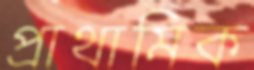
প্রাথামিক